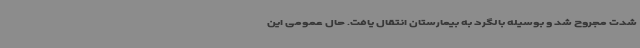
شدت مجروح شد و بوسیله بالگرد به بیمارستان انتقال یافت. حال عمومی این